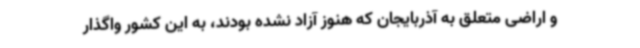
و اراضی متعلق به آذربایجان که هنوز آزاد نشده بودند، به این کشور واگذار